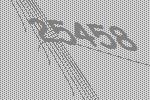
25458